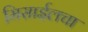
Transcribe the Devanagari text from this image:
मिसाईलचा